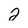
Character: 2